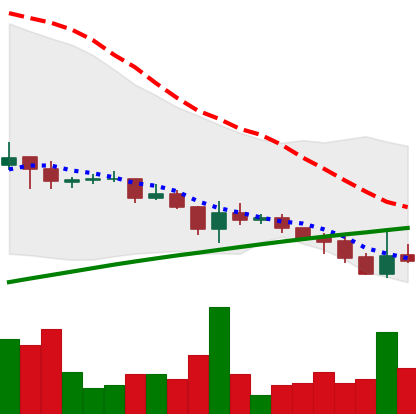
Ticker: DOGE-USD
Chart end date: 2021-07-18
Forward return: 6.876%
Label: up_5_7